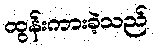
ထွန်းကားခဲ့သည်